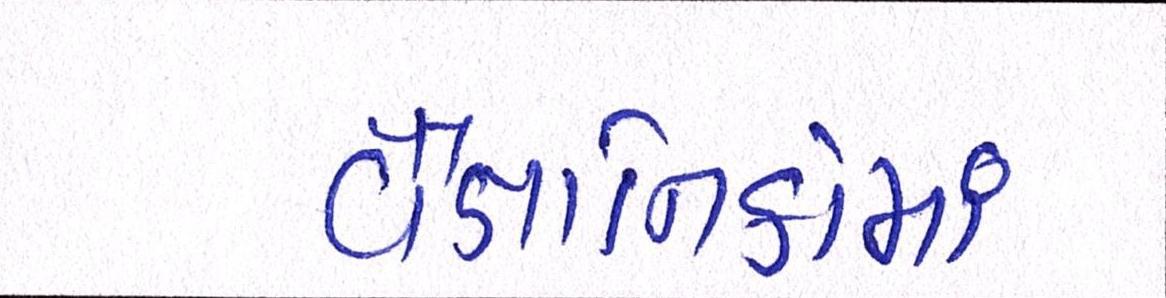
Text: વૈજ્ઞાાનિકોમાં